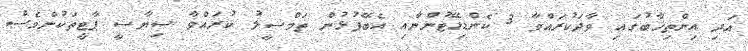
އަދި އިންތިޚާބުގައި ވާދަކުރައްވާ 3 ކެންޑިޑޭޓުންނާއި އެބޭފުޅުން ތަމްސީލު ކުރައްވާ ސިޔާސީ ޕާޓީތަކުންވެސް